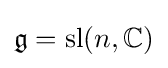
{\mathfrak {g}}=\mathrm {sl} (n,\mathbb {C} )